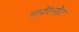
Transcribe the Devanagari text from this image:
कॉल्नेट